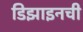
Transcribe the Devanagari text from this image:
डिझाइनची